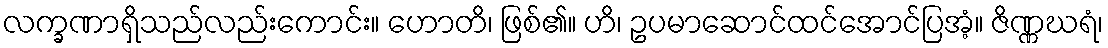
လက္ခဏာရှိသည်လည်းကောင်း။ ဟောတိ၊ ဖြစ်၏။ ဟိ၊ ဥပမာဆောင်ထင်အောင်ပြအံ့။ ဇိဏ္ဏဃရံ၊